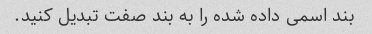
بند اسمی داده شده را به بند صفت تبدیل کنید.